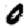
Digit: 0